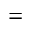
=